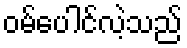
ဝမ်ပေါင်လဲ့သည်